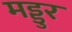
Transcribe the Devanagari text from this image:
मड्डुर